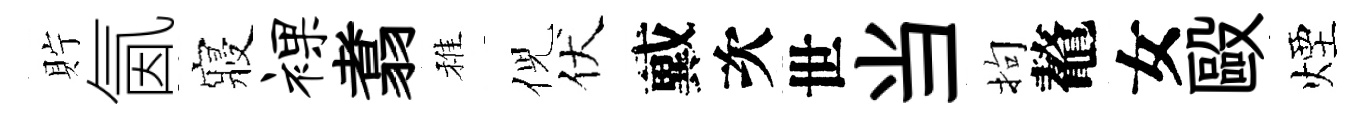
貯氤寢裸翥稚倪伏戴次世当拘鼇女毆煙